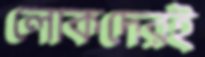
লোকদেরই